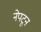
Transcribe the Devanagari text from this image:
नेपटून